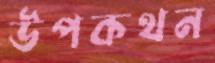
উপকথন